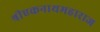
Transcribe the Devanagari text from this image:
श्रीएकनाथमहाराज